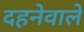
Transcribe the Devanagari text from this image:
दहनेवाले